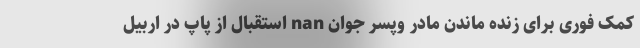
کمک فوری برای زنده ماندن مادر وپسر جوان nan استقبال از پاپ در اربیل